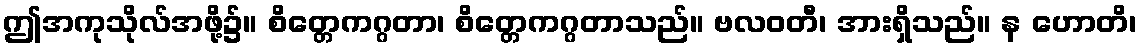
ဤအကုသိုလ်အဖို့၌။ စိတ္တေကဂ္ဂတာ၊ စိတ္တေကဂ္ဂတာသည်။ ဗလဝတီ၊ အားရှိသည်။ န ဟောတိ၊